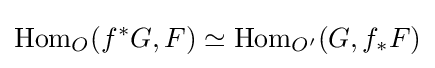
\operatorname {Hom} _{O}(f^{*}G,F)\simeq \operatorname {Hom} _{O'}(G,f_{*}F)